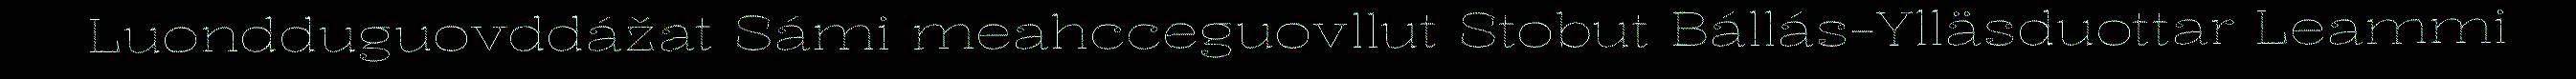
Luondduguovddážat Sámi meahcceguovllut Stobut Bállás-Ylläsduottar Leammi